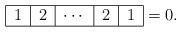
LaTeX: \begin{align*}\begin{tabular}{|c|c|c|c|c|}\hline$1$ & $2$ & $\cdots $ & $2$ & $1$ \\ \hline\end{tabular}=0. \end{align*}